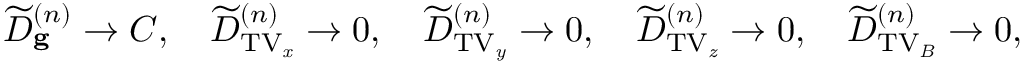
\widetilde { D } _ { \mathbf { g } } ^ { ( n ) } \rightarrow C , \, \, \, \, \, \, \widetilde { D } _ { \mathrm { T V _ { \it x } } } ^ { ( n ) } \rightarrow 0 , \, \, \, \, \, \, \widetilde { D } _ { \mathrm { T V _ { \it y } } } ^ { ( n ) } \rightarrow 0 , \, \, \, \, \, \, \widetilde { D } _ { \mathrm { T V _ { \it z } } } ^ { ( n ) } \rightarrow 0 , \, \, \, \, \, \, \widetilde { D } _ { \mathrm { T V _ { \it B } } } ^ { ( n ) } \rightarrow 0 ,